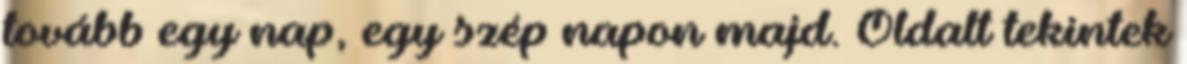
tovább egy nap, egy szép napon majd. Oldalt tekintek